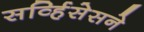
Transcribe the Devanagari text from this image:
सर्व्हिसेसने